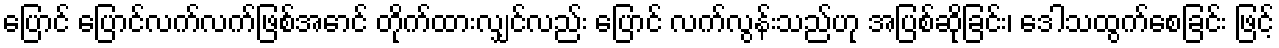
ပြောင် ပြောင်လက်လက်ဖြစ်အောင် တိုက်ထားလျှင်လည်း ပြောင် လက်လွန်းသည်ဟု အပြစ်ဆိုခြင်း၊ ဒေါသထွက်စေခြင်း ဖြင့်